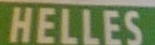
HELLES